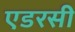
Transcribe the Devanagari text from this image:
एडरसी